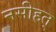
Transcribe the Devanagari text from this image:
नसीहत्